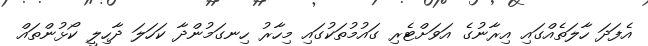
އެފަދަ ހާލަތެއްގައި އިރާނުގެ އަވަށްޓެރި ގައުމުތަކުގައި މިހާރު ހިނގަމުންދާ ކަހަލަ ދާހިލީ ކޯޅުންތައް